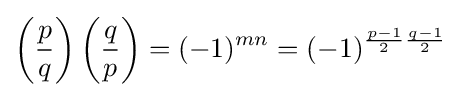
\left({\frac {p}{q}}\right)\left({\frac {q}{p}}\right)=(-1)^{mn}=(-1)^{{\frac {p-1}{2}}{\frac {q-1}{2}}}